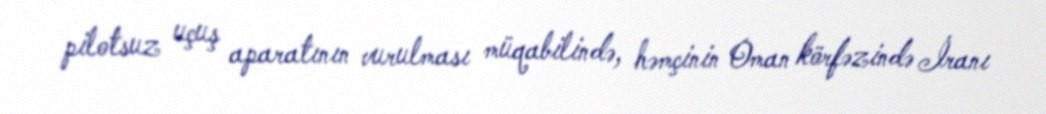
pilotsuz uçuş aparatının vurulması müqabilində, həmçinin Oman körfəzində İranı